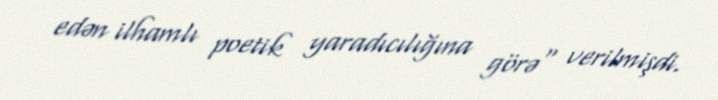
edən ilhamlı poetik yaradıcılığına görə" verilmişdi.